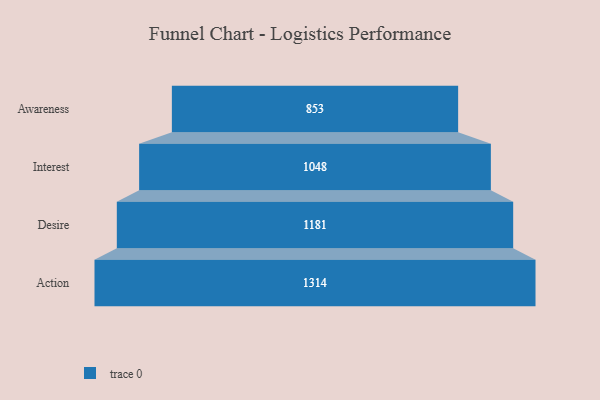
{"axis": {"x": "Stage", "y": "Value"}, "legend": [""], "data": [{"x": "Awareness", "y": 853.0, "type": ""}, {"x": "Interest", "y": 1048.0, "type": ""}, {"x": "Desire", "y": 1181.0, "type": ""}, {"x": "Action", "y": 1314.0, "type": ""}]}